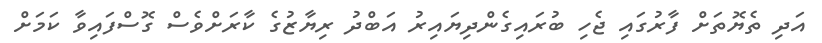
އަދި ތެޔޮތަށް ފާރުގައި ޖެހި ބުރައިގެންދިޔައިރު އަބްދު ރިޔާޒުގެ ކާރަށްވެސް ގޮސްފައިވާ ކަމަށް